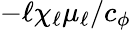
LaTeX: -\ell\chi_{\ell}\mu_{\ell}/c_{\phi}